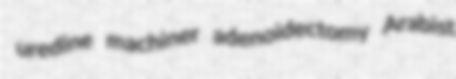
uredine machiner adenoidectomy Arabist